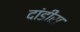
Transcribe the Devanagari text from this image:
दांडीस